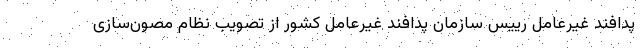
پدافند غیرعامل رییس سازمان پدافند غیرعامل کشور از تصویب نظام مصون‌سازی